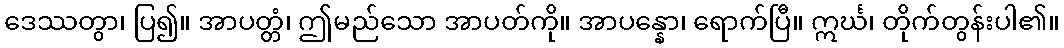
ဒေဿတွာ၊ ပြ၍။ အာပတ္တံ၊ ဤမည်သော အာပတ်ကို။ အာပန္နော၊ ရောက်ပြီ။ ဣင်္ဃ၊ တိုက်တွန်းပါ၏။